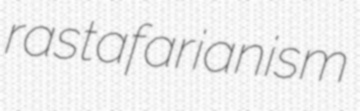
rastafarianism